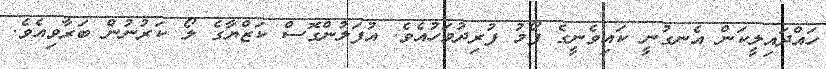
ހައްދައިލީކަން އެނގުނީ ކައިވެނީގެ ފޯމު ފުރިދުވަހުއެވެ. އުފަލުންގޮސް ކަޒްޔާގެ ލޯ ކަރުނުން ބަރާވިއެވެ.